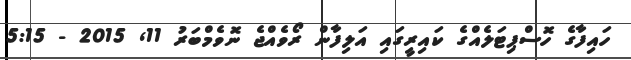
ހައިފާގެ ހޮސްޕިޓަލެއްގެ ކައިރީގައި އަލިފާން ރޯވެއްޖެ ނޮވެމްބަރު 11